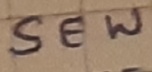
Text: SEW